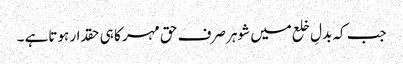
جب کہ بدلِ خلع میں شوہر صرف حق مہر کا ہی حقدار ہوتاہے ۔